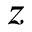
z